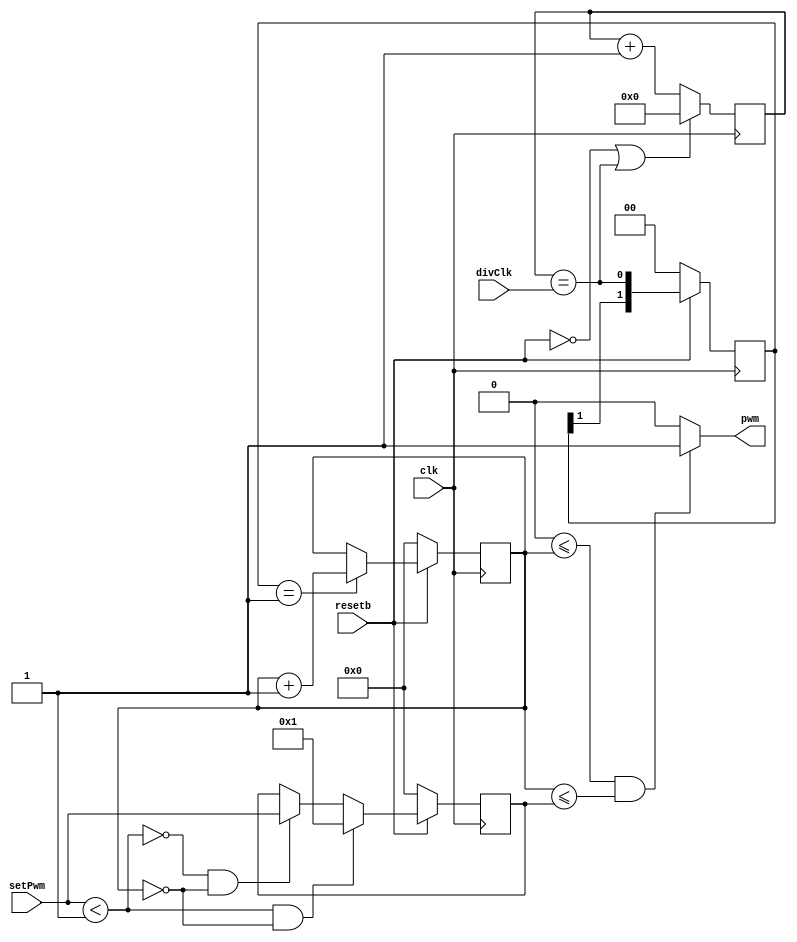
module servo(
	input	wire			clk,        //CLK
	input	wire			resetb,     //Zbg
	input	wire	[7:0]	setPwm,     //PWMHigh->Lowl
	input	wire	[15:0]	divClk,     //NbNl
	output	wire			pwm	        //PWMo
);

    parameter SETPWMMIN = 8'h01;

    //assign setPwm = ( setPwm < SETPWMNIM ) ? SETPWMNIN : setPWM;


    //NbN
	reg		[15:0]	rclkCounter;
	wire	[15:0]	wclkCounter;
	assign wclkCounter = rclkCounter;
	always@( posedge clk ) begin
		if( !resetb || ( wclkCounter == divClk ) ) begin
			rclkCounter <= 16'h0000;
		end
        /**
		else if( wclkCounter == divClk ) begin
			rclkCounter <= 16'h0000;
		end
        **/
		else begin
			rclkCounter <= wclkCounter + 1;
		end
	end

    //gNbN
	reg		[1:0]	rdiffClk;
	wire	[1:0]	wdiffClk;
	assign wdiffClk = rdiffClk;
	always@( posedge clk ) begin
		if( !resetb ) begin
			rdiffClk <= 2'b00;
		end
		else begin
			rdiffClk <= {wdiffClk[1],(wclkCounter[15:0]==divClk)};
		end
	end

    //PWMpNbNM
    reg             rsclk;
    wire            sclk;
    assign sclk = rsclk;
    always@( posedge clk ) begin
        if( !resetb ) begin
            rsclk <= 1'b0;
        end
        else if ( wdiffClk == 2'b01 ) begin
            rsclk <= ~rsclk;
        end
        else begin
            rsclk <= sclk;
        end
    end


	parameter	PWMMIN = 8'h0a;
	
	//PWMp8bitJE^
	reg		[7:0]	rpwm;
	wire	[7:0]	wpwm;
	assign wpwm = rpwm;
	always@( posedge clk ) begin
		if( !resetb  ) begin
			rpwm <= 8'h00;
		end
        else if ( wdiffClk == 2'b01 ) begin
			rpwm <= wpwm + 1;
        end
        //else if ( wpwm == setPwm ) begin
		//	rpwm <= PWMMIN;
        //end
		else begin
			rpwm <= wpwm;
		end
	end

    //serPwm^JEgl\l
    //C
    //AlsetPwmrpwmJE^[L
    wire    limit;
    wire    [7:0]   setPwmMin;
    reg     [7:0]   rsetPwm;
    wire    [7:0]   wsetPwm;
    assign setPwmMin = SETPWMMIN;
    assign limit = ( setPwm < setPwmMin );
    assign wsetPwm = rsetPwm;

    always@( posedge clk ) begin
        if( !resetb ) begin
            rsetPwm <= 8'h00;
        end
        else if( limit && (wpwm == 8'h00) ) begin
            rsetPwm <= setPwmMin;
        end
        else if( !limit && (wpwm == 8'h00) ) begin
            rsetPwm <= setPwm;
        end
    end


    //PWMMgH
	wire			wpwmOUT;
	assign wpwmOUT = ( ( 0 <= wpwm ) && ( wpwm <= wsetPwm ) ) ? 1 : 0;
    assign pwm = wpwmOUT;
   /*************** 
	reg				rpwmOUT;
	wire			wpwmOUT;
	assign wpwmOUT = rpwmOUT;
	always@( posedge sclk ) begin
		if( !resetb ) begin
			rpwmOUT <= 1'b0;
		end
		else if( ( 0 <= wpwm ) && ( wpwm <= setPwm ) ) begin
			rpwmOUT <= 1'b1;
		end
		else begin
			rpwmOUT <= 1'b0;
		end
	end
    assign pwm = wpwmOUT;
    **************/

endmodule